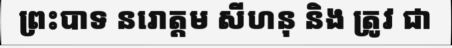
ព្រះបាទ នរោត្តម សីហនុ និង ត្រូវ ជា